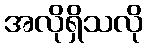
အလိုရှိသလို